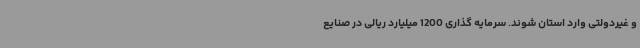
و غیردولتی وارد استان شوند. سرمایه گذاری 1200 میلیارد ریالی در صنایع